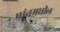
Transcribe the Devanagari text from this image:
प्रांतमधील